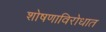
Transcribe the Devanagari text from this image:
शोषणाविरोधात